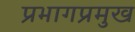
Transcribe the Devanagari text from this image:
प्रभागप्रमुख